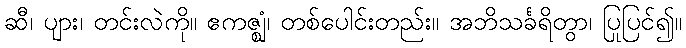
ဆီ၊ ပျား၊ တင်းလဲကို။ ဧကဇ္ဈံ၊ တစ်ပေါင်းတည်း။ အဘိသင်္ခရိတွာ၊ ပြုပြင်၍။